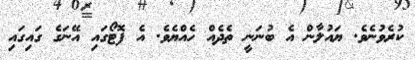
ކުރެވުނެވެ. ޔައުލާން އެ ބުނަނީ ތެދެއް ހެއްޔެވެ. އެ ފޮޓޯގައި އޭނަގެ ގައިގައި